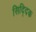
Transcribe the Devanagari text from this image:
सिद्दिक